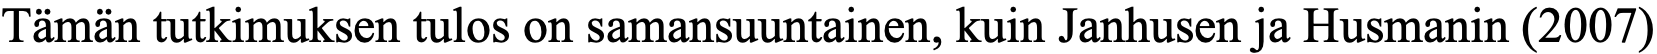
Tämän tutkimuksen tulos on samansuuntainen, kuin Janhusen ja Husmanin (2007)